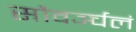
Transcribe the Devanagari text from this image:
सौवर्ञ्चलं